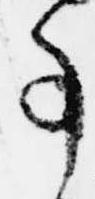
事